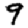
Digit: 9